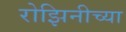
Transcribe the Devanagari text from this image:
रोझिनीच्या